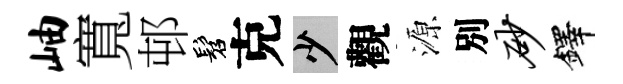
岫寬邨髫克少觀源別砂鐸